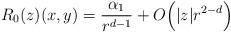
LaTeX: \begin{align*} R_0(z)(x,y)= \frac{\alpha_1}{r^{d-1}} + O \Big( |z| r^{2-d} \Big) \end{align*}